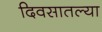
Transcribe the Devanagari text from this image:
दिवसातल्या